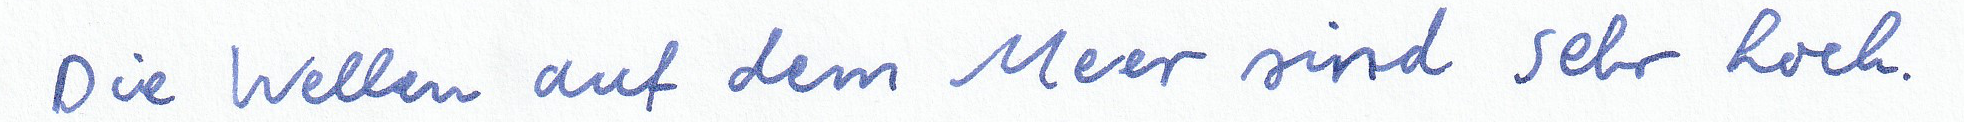
Die Wellen auf dem Meer sind sehr hoch.